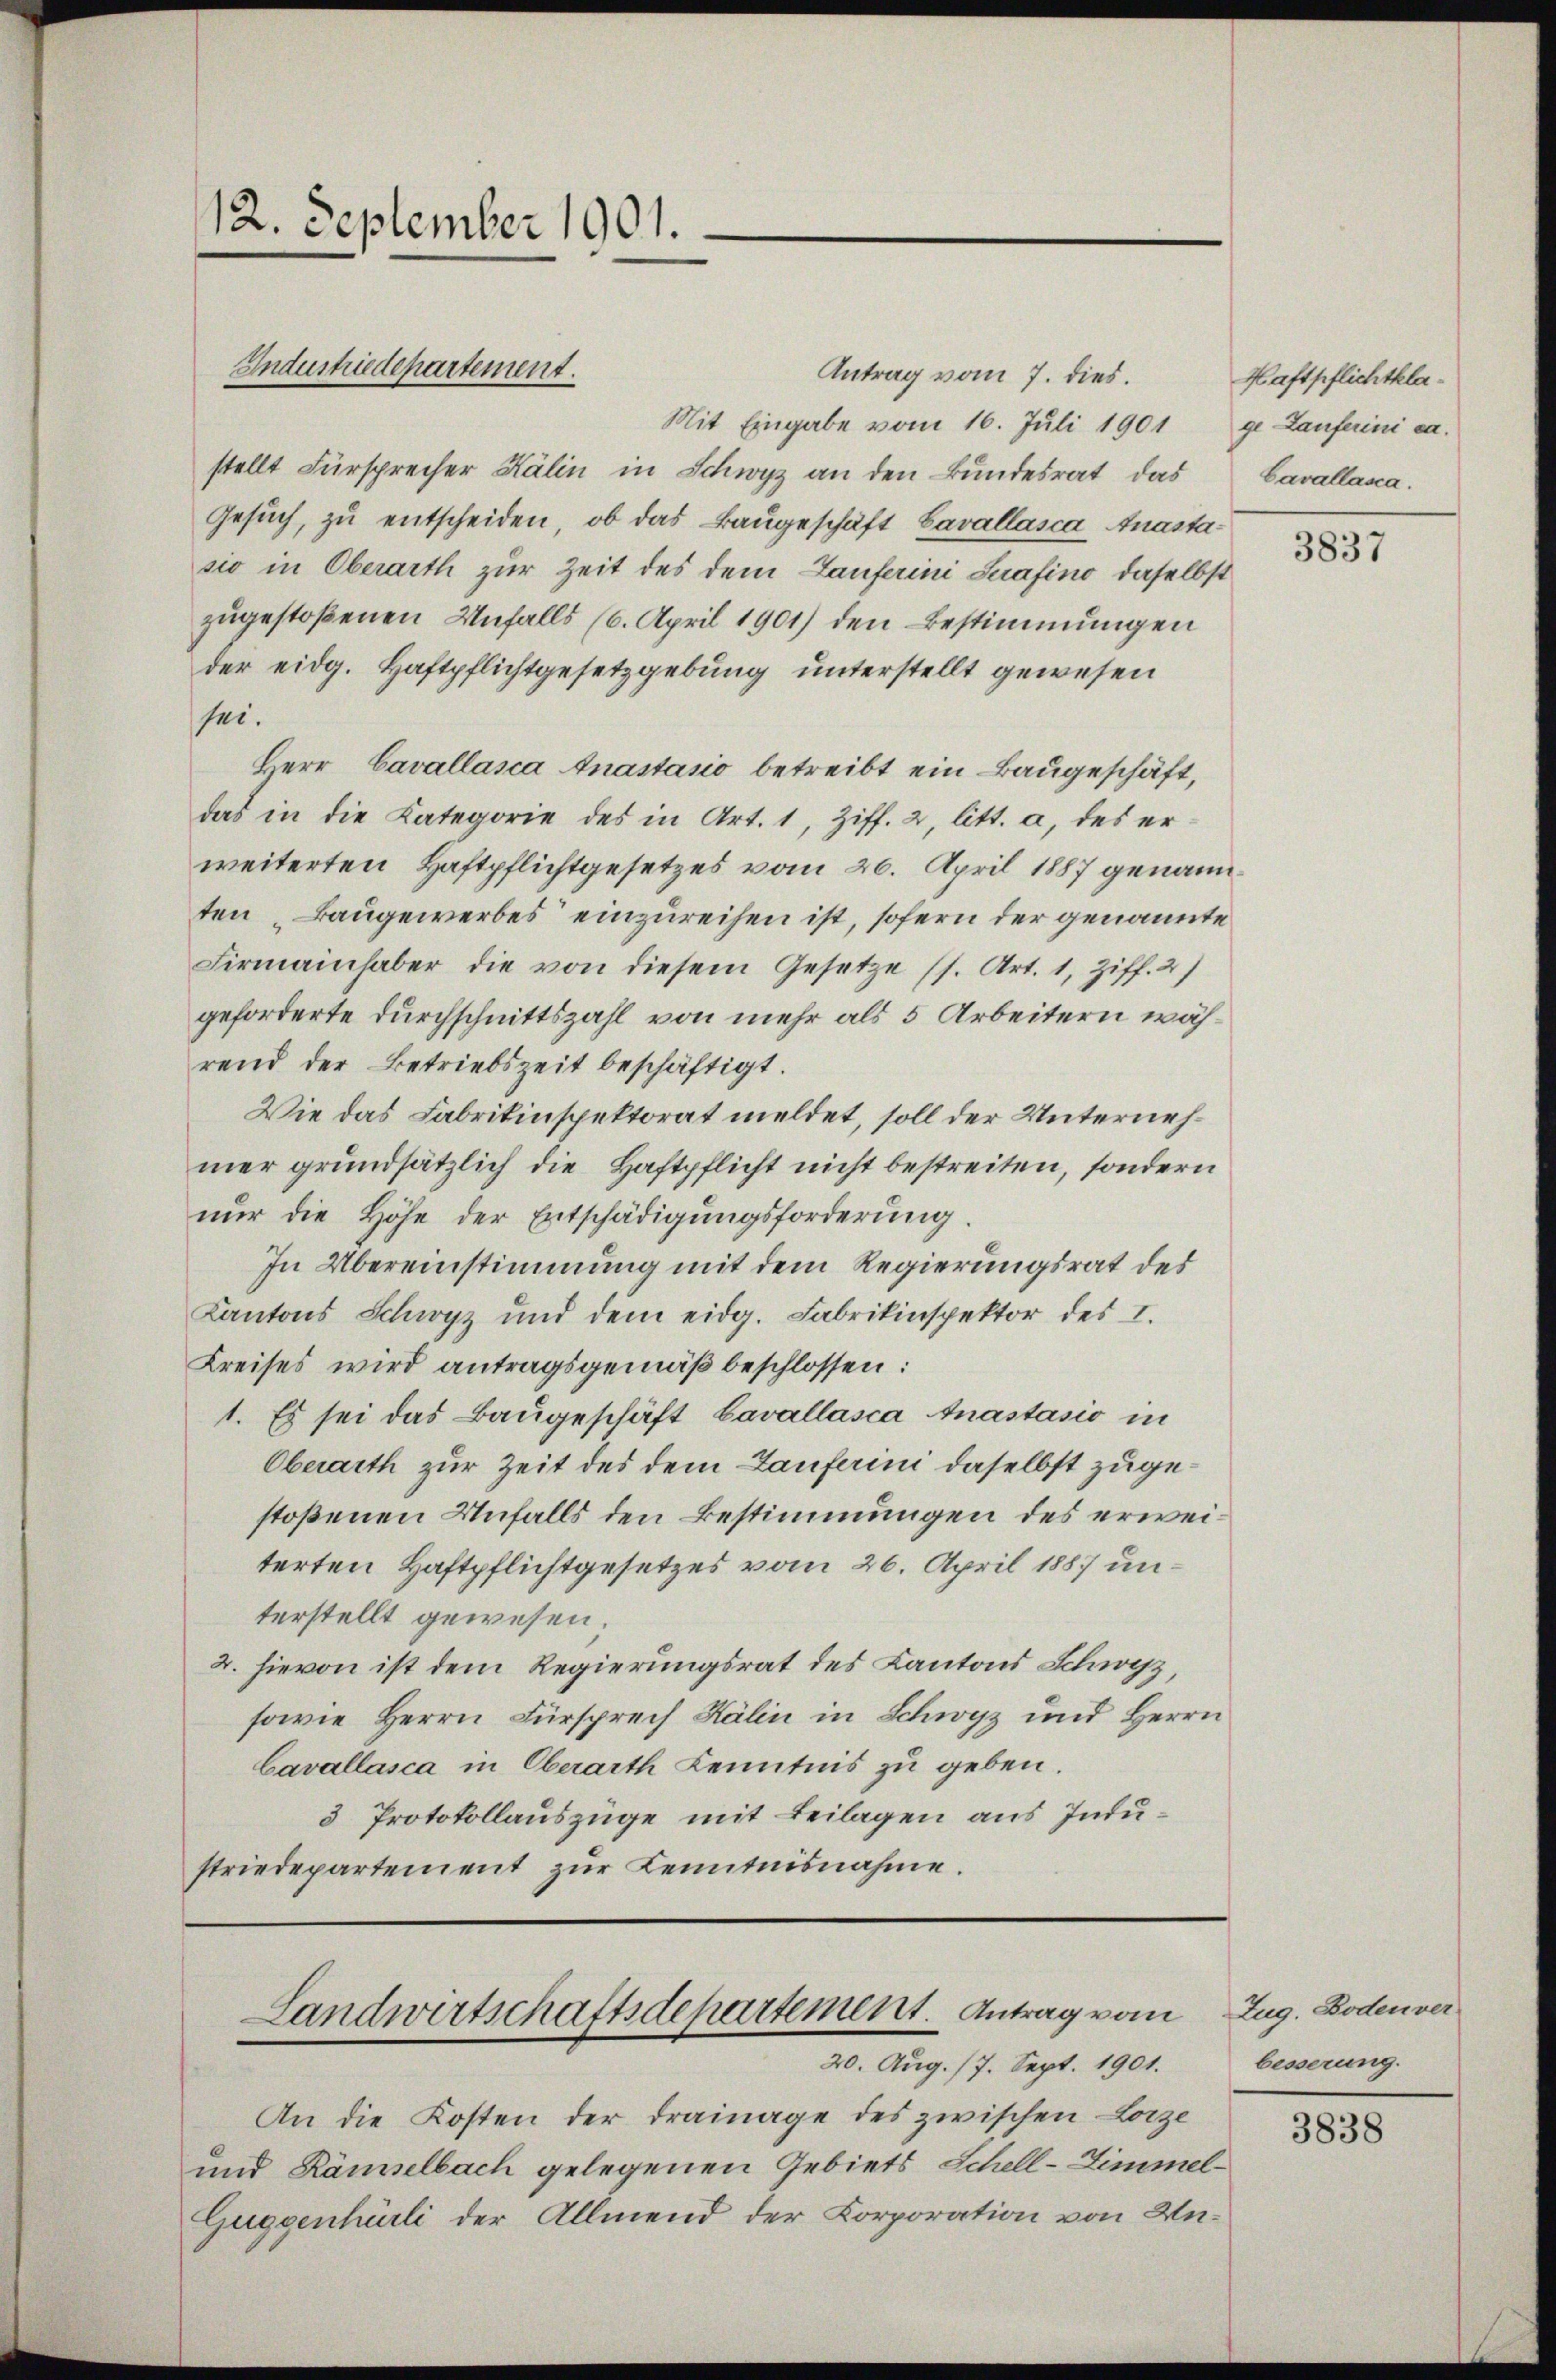
12. September 1901.

Industriedepartement.

Antrag vom 7. dies.
Mit Eingabe vom 16. Juli 1901 ge Lauferini ca.
stellt Fürsprecher Kälin in Schwyz an den Bundesrat das
Gesŭch zŭ entscheiden, ob das Baŭgeschäft Cavallasca Anastasio in Oberarth zur Zeit des dem Lauferini Suafino daselbst
zugestoßenen Unfalls (6. April 1901) den Bestimmungen
der eidg. Haftpflichtgesetzgebung unterstellt gewesen
sei.
Herr Cavallasca Anastasio betreibt ein Baugeschäft,
das in die Kategorie des in Art. 1, Ziff. 2, litt. a, des erweiterten Haftpflichtgesetzes vom 26. April 1887 genannten Baugewerbes einzureihen ist, sofern der genannte
Firmainhaber die von diesem Gesetze (s. Art. 1, Ziff. 2)
geforderte Durchschnittszahl von mehr als 5 Arbeitern während der Betriebszeit beschäftigt.
Wie das Fabrikinspektorat meldet, soll der Unternehmer grundsätzlich die Haftpflicht nicht bestreiten, sondern
nur die Höhe der Entschädigungsforderung
In Übereinstimmung mit dem Regierungsrat des
Kantons Schwyz und dem eidg. Fabrikinspektor des I.
Kreises wird antragsgemäß beschlossen:
1. Es sei das Baŭgeschäft Cavallasca Anastasio in
Oberarth zur Zeit des dem Lauferini daselbst zugestoßenen Unfalls den Bestimmungen des erweiterten Haftpflichtgesetzes vom 26. April 1887 unterstellt gewesen.
2. hievon ist dem Regierungsrat des Kantons Schwyz,
sowie Herrn Fürsprech Kälin in Schwyz und Herrn
Cavallasca in Oberarth Kenntnis zu geben.
3 Protokollauszüge mit Beilagen aus Industriedepartement zur Kenntnisnahme.

Landwirtschaftsdepartement. Antrag vom
20. Aug. 17. Sept. 1901.

An die Kosten der Trainage des zwischen Lorze
und Kämselbach gelegenen Gebiets Schell-Zimmel¬
Guggenhürli der Allmend der Korporation von Un¬

Haftpflichtkla¬
Cavallasca.

3837

Zug. Boden ver
besserung.

3838